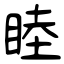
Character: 睦